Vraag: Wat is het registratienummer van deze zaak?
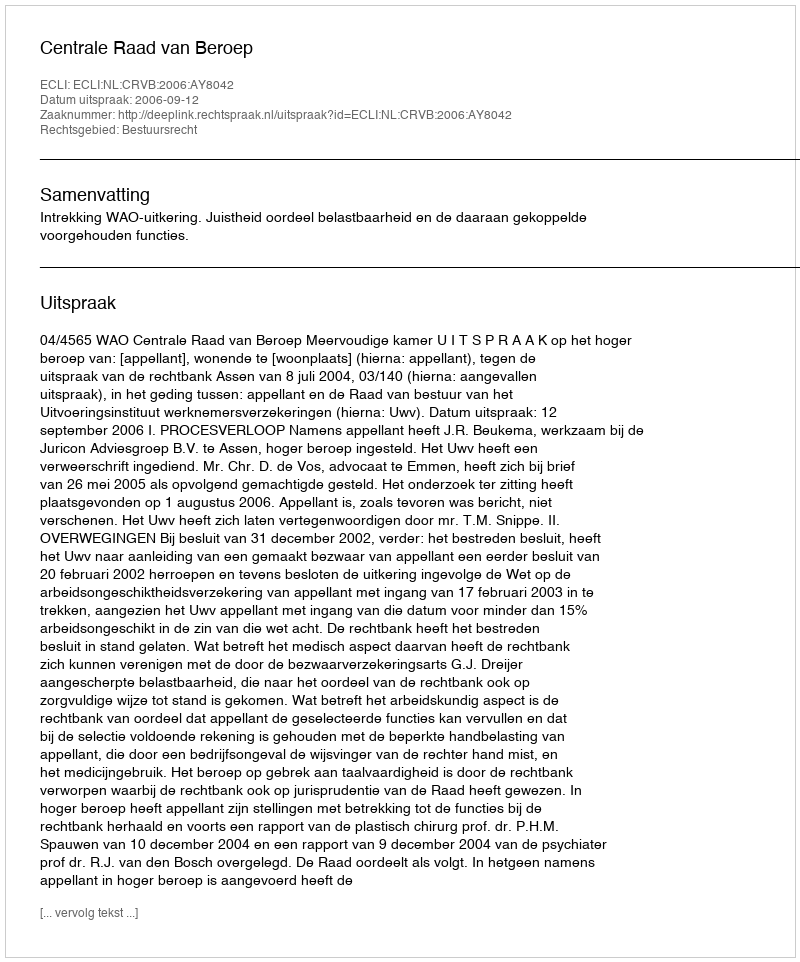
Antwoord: http://deeplink.rechtspraak.nl/uitspraak?id=ECLI:NL:CRVB:2006:AY8042